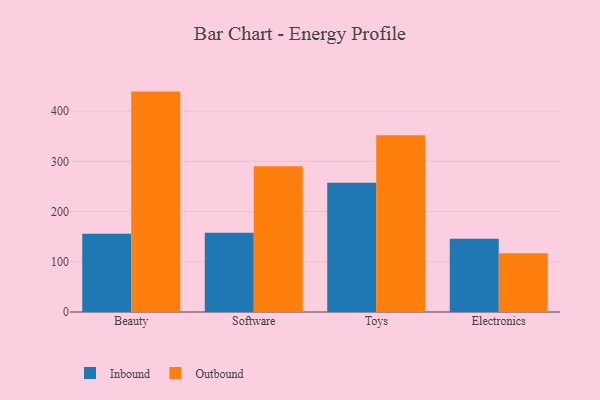
{"axis": {"x": "Category", "y": "Waste Production (Tons)"}, "legend": ["Inbound", "Outbound"], "data": [{"x": "Beauty", "y": 155.6, "type": "Inbound"}, {"x": "Beauty", "y": 438.9, "type": "Outbound"}, {"x": "Software", "y": 158.0, "type": "Inbound"}, {"x": "Software", "y": 290.3, "type": "Outbound"}, {"x": "Toys", "y": 257.6, "type": "Inbound"}, {"x": "Toys", "y": 352.2, "type": "Outbound"}, {"x": "Electronics", "y": 145.8, "type": "Inbound"}, {"x": "Electronics", "y": 117.2, "type": "Outbound"}]}